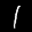
Label: 1